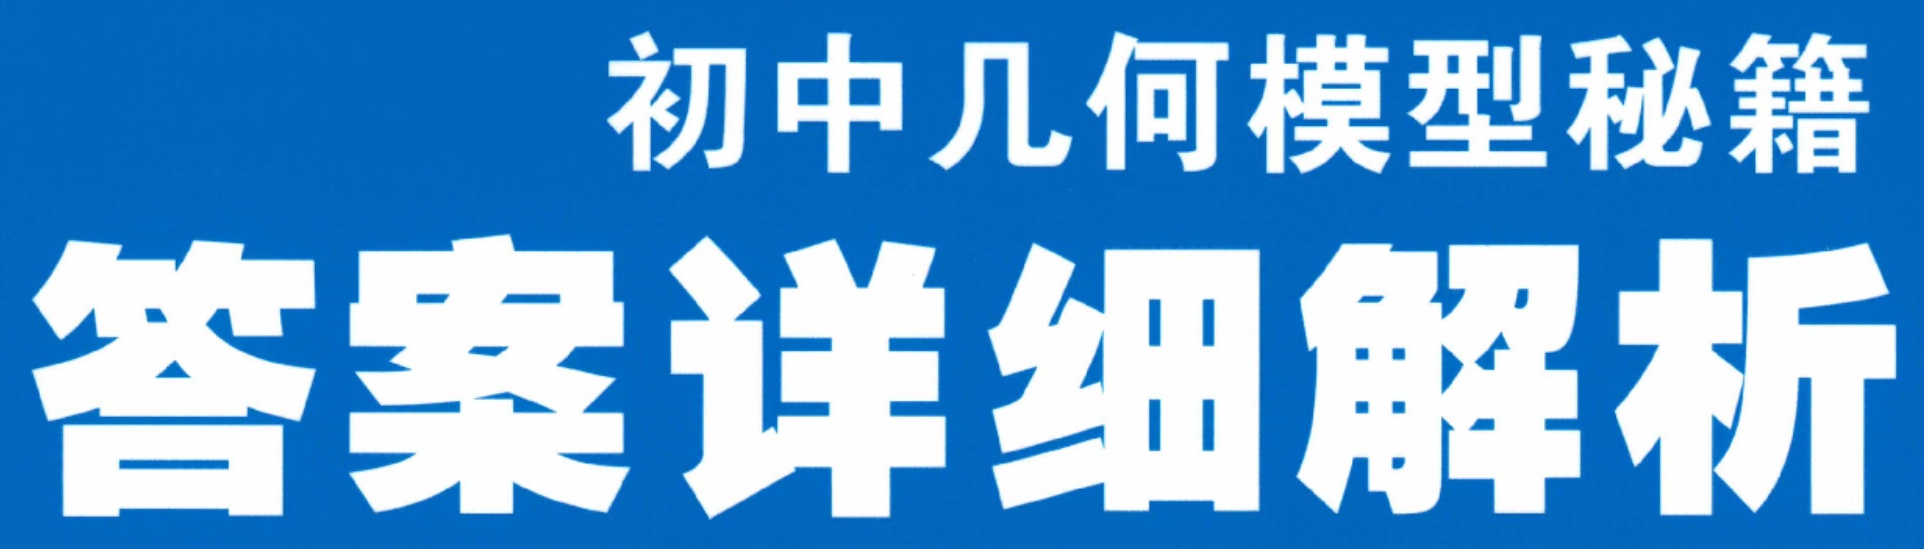
初中几何模型秘籍
答案详细解析